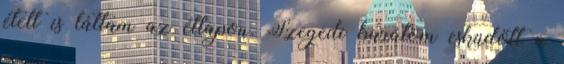
ételt is láttam az étlapon. Szegedi barátom esküdött a